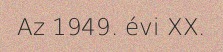
Az 1949. évi XX.